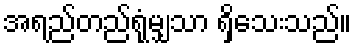
အရည်တည်ရုံမျှသာ ရှိသေးသည်။